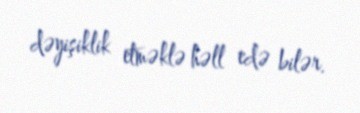
dəyişiklik etməklə həll edə bilər.